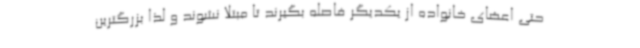
حتی اعضای خانواده از یکدیگر فاصله بگیرند تا مبتلا نشوند و لذا بزرگترین